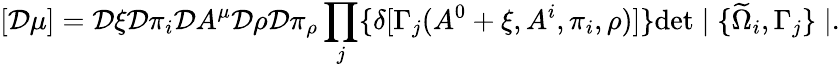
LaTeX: [{\cal D}\mu]={\cal D}\xi{\cal D}\pi_{i}{\cal D}A^{\mu}{\cal D}\rho{\cal D}\pi_{\rho}\prod_{j}\{ \delta[\Gamma_{j}(A^{0}+\xi,A^{i},\pi_{i},\rho)]\} \mathrm{det}\mid\{ \widetilde{\Omega}_{i},\Gamma_{j}\} \mid.